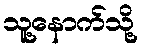
သူ့နောက်သို့